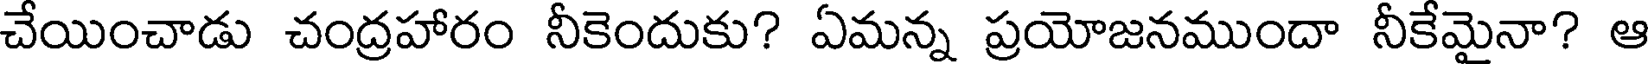
చేయించాడు చంద్రహారం నీకెందుకు? ఏమన్న ప్రయోజనముందా నీకేమైనా? ఆ